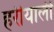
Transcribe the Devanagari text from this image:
हरीयाली